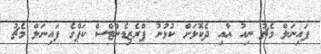
ފައިނަލް މެޗު ނިއު އާއި ދެކޮޅަށް ކުޅުނު ޕްރެޒިޑެންޓްސް ކަޕްގެ ފައިނަލް މެޗު